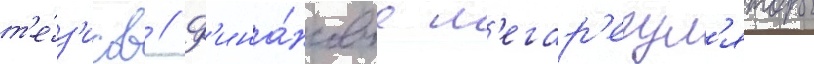
т'е́з'исов // Ф'ина́нсовые м'егар'егул'яторы